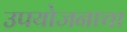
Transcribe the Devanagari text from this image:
उपयोजनाचा